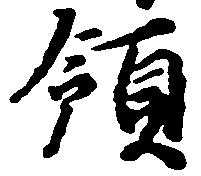
領